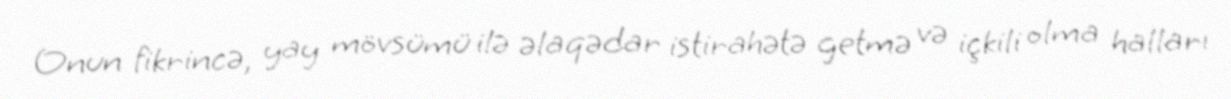
Onun fikrincə, yay mövsümü ilə əlaqədar istirahətə getmə və içkili olma halları